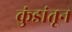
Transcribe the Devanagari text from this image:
कुंडांतून